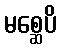
မစ္ဆေပိ